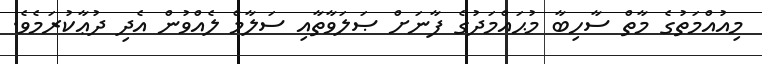
މިއުއްމަތުގެ މާތް ސާހިބާ މުޙައްމަދުގެ ފާނަށް ޞަލަވާތާއި ސަލާމް ލެއްވުން އެދި ދުޢާކުރަމެވެ.